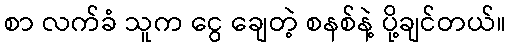
စာ လက်ခံ သူက ငွေ ချေတဲ့ စနစ်နဲ့ ပို့ချင်တယ်။